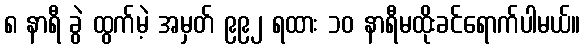
၈ နာရီ ခွဲ ထွက်မဲ့ အမှတ် ၉၉၂ ရထား ၁၀ နာရီမထိုးခင်ရောက်ပါမယ်။